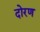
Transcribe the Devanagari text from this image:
दोरण